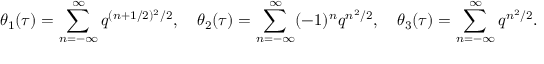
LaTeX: \theta _ { 1 } ( \tau ) = \sum _ { n = - \infty } ^ { \infty } q ^ { ( n + 1 / 2 ) ^ { 2 } / 2 } , \quad \theta _ { 2 } ( \tau ) = \sum _ { n = - \infty } ^ { \infty } ( - 1 ) ^ { n } q ^ { n ^ { 2 } / 2 } , \quad \theta _ { 3 } ( \tau ) = \sum _ { n = - \infty } ^ { \infty } q ^ { n ^ { 2 } / 2 } .